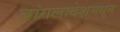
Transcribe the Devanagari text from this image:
बांगलादेशमधून